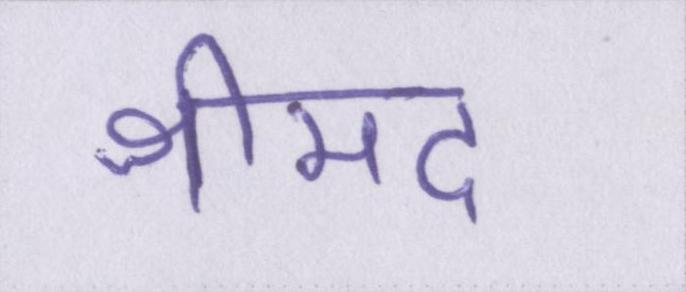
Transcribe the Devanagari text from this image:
श्रीमद